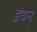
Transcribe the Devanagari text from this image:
इंधन्